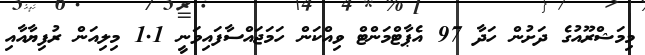
މިމަޝްރޫއުގެ ދަށުން ހަދާ 97 އެޕާޓްމަންޓް ވިއްކަން ހަމަޖައްސާފައިވަނީ 1.1 މިލިއަން ރުފިޔާއާއި